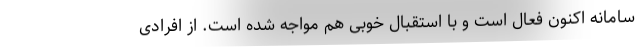
سامانه اکنون فعال است و با استقبال خوبی هم مواجه شده است. از افرادی